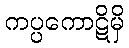
ကပ္ပကောဋိမှိ